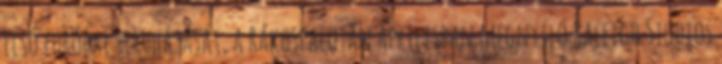
első európai beruházását, a Rákospalotán áprilisban megnyíló Raleigh Studios